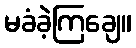
မခံခဲ့ကြချေ။